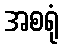
အစရုံ